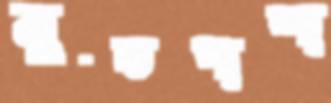
মুন্ডপাশা